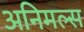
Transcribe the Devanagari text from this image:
अनिमल्स